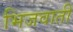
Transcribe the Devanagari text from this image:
भिजवाती